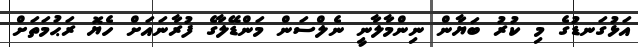
އަޅުގަނޑުގެ މި ކުރު ބަޔާން ނިންމާލާނީ ނެލްސަން މަންޑޭލާގެ ފުރާނައަށް ހެޔޮ ރަޙުމަތަށް